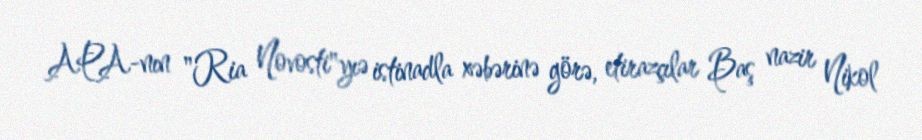
APA-nın "Ria Novosti"yıə istinadla xəbərinə görə, etirazçılar Baş nazir Nikol